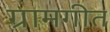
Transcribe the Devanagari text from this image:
ग्रामगीत